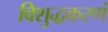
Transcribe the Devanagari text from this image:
विशुद्धकरणं